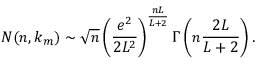
N ( n , k _ { m } ) \sim \sqrt { n } \left( \frac { e ^ { 2 } } { 2 L ^ { 2 } } \right) ^ { \frac { n L } { L + 2 } } \Gamma \left( n \frac { 2 L } { L + 2 } \right) .